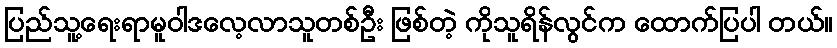
ပြည်သူ့ရေးရာမူဝါဒလေ့လာသူတစ်ဦး ဖြစ်တဲ့ ကိုသူရိန်လွင်က ထောက်ပြပါ တယ်။